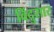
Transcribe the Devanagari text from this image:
विंदुसार